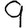
Digit: 9